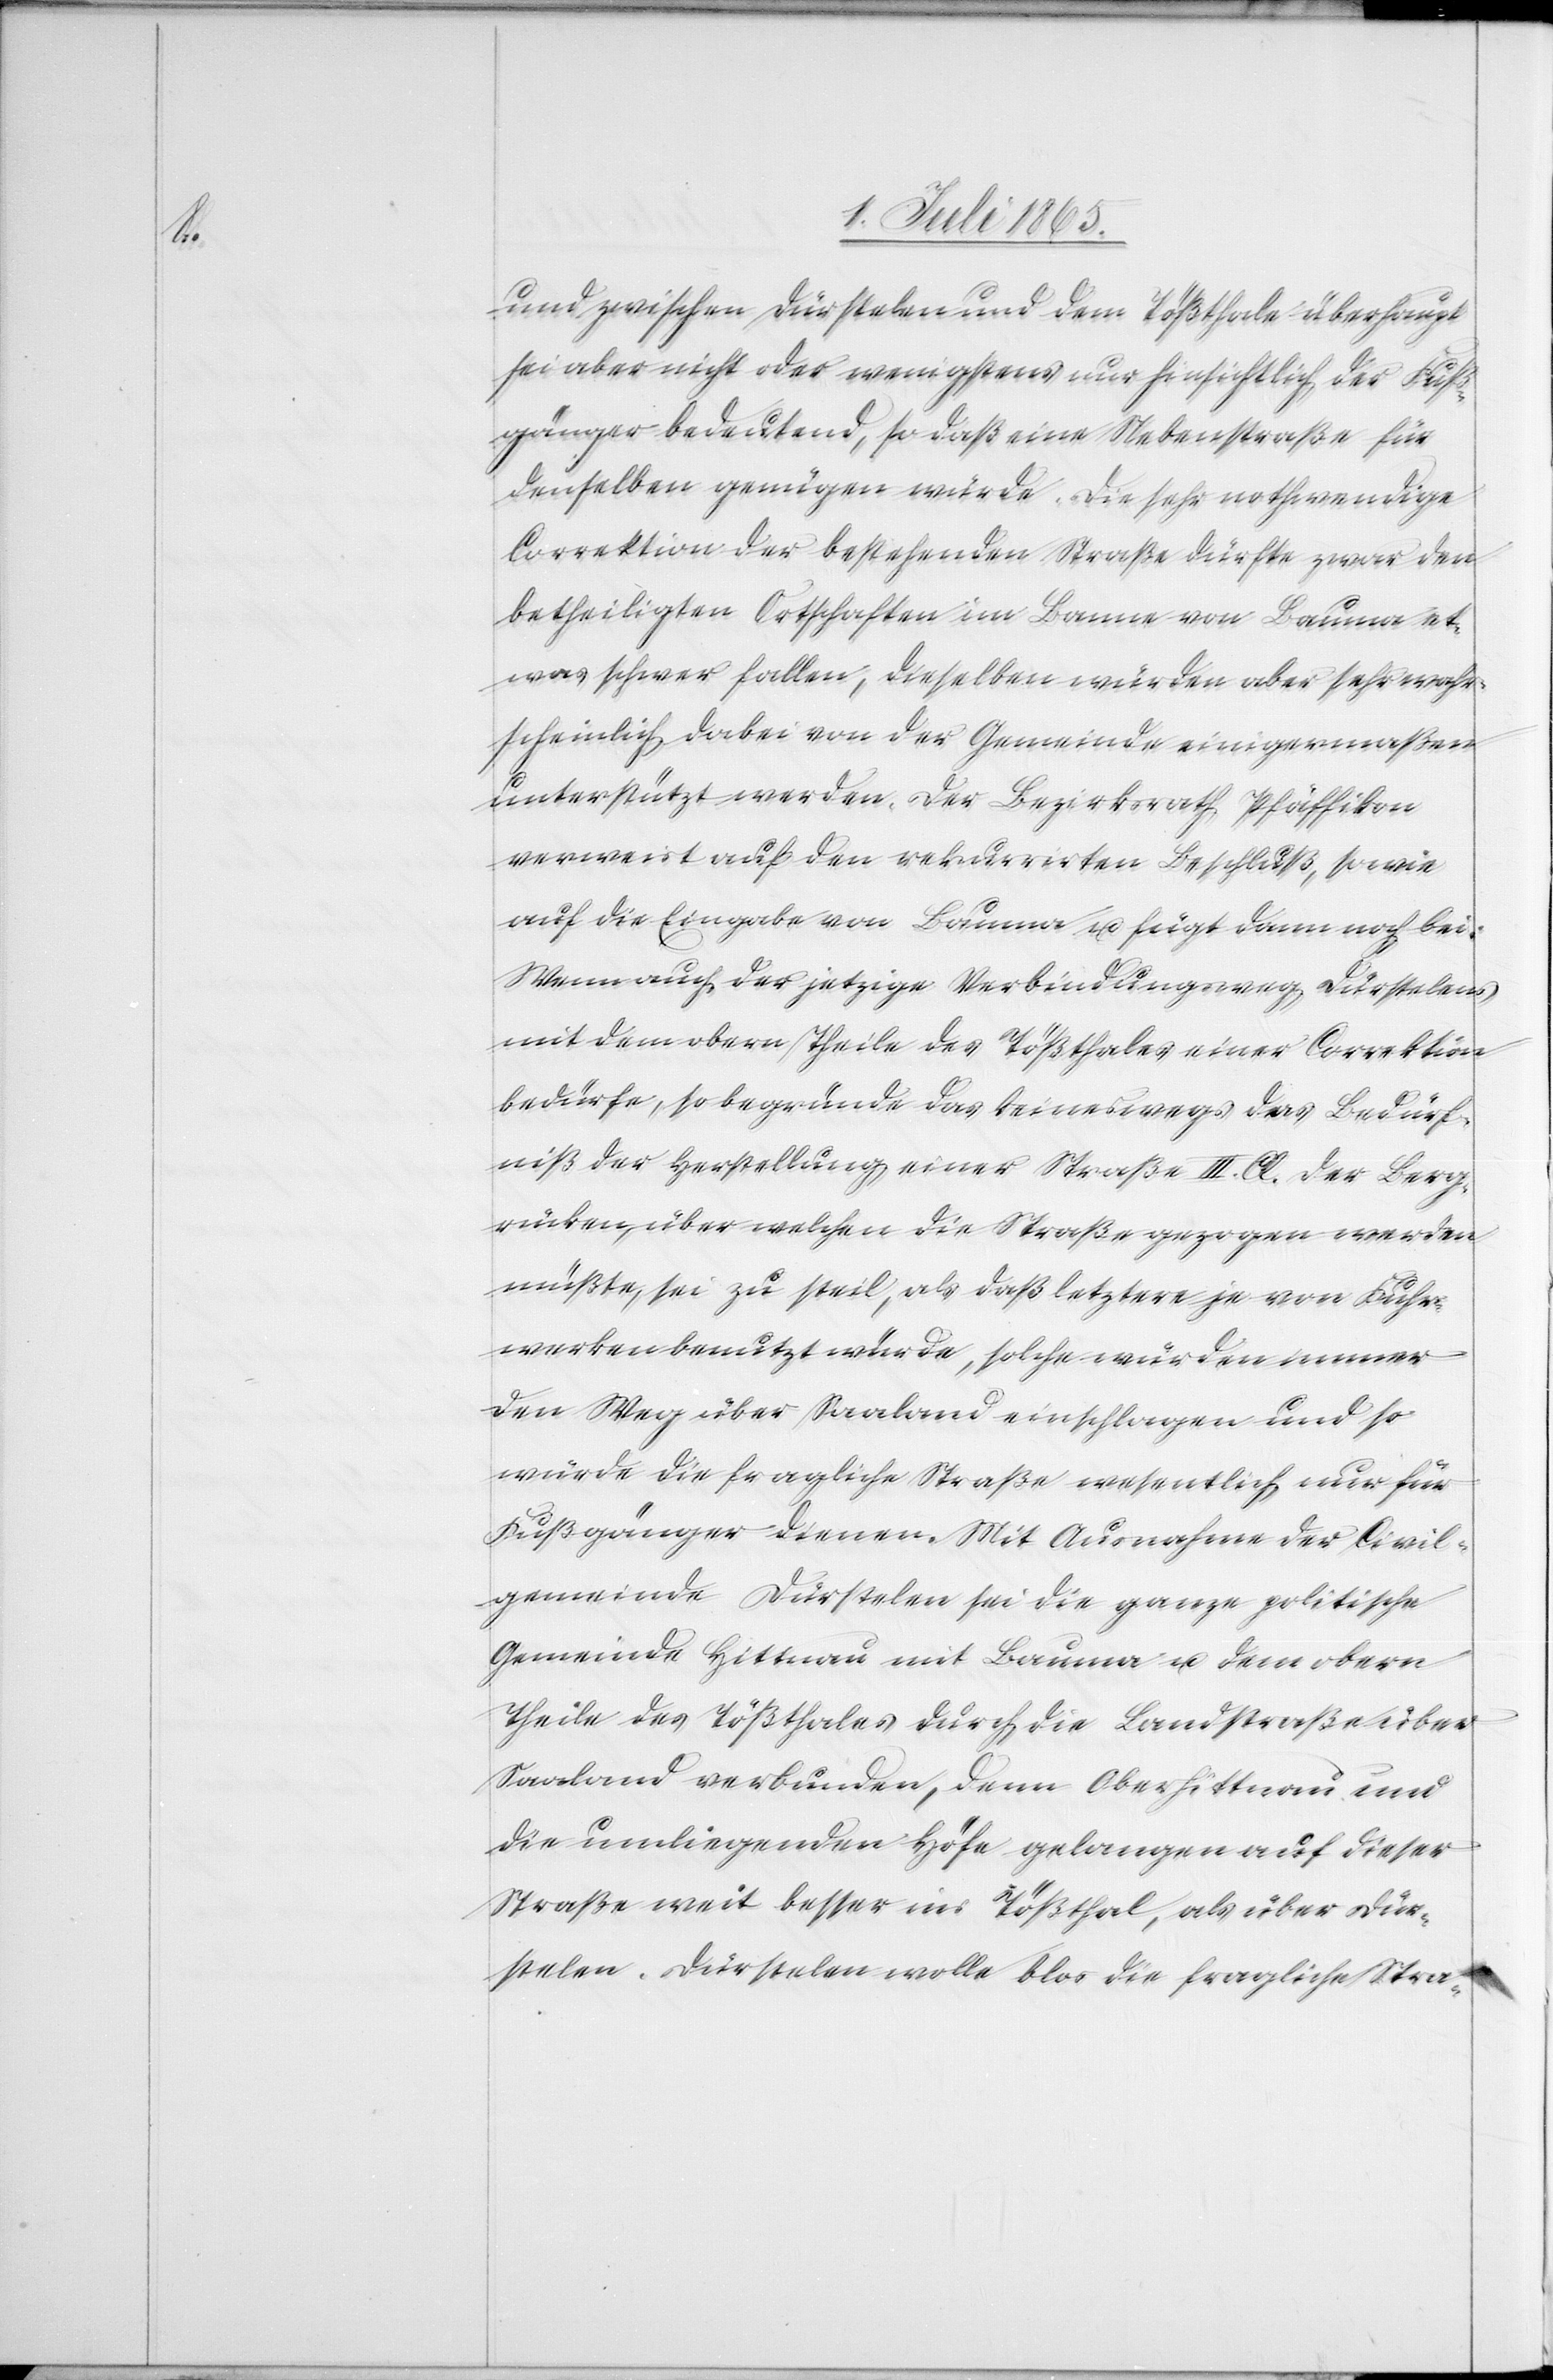
und zwischen Dürstelen und dem Tößthale überhaupt
sei aber nicht oder wenigstens nur hinsichtlich der Fuß¬
gänger bedeutend, so daß eine Nebenstraße für
denselben genügen würde. Die sehr nothwendige
Correktion der bestehenden Straße dürfte zwar den
betheiligten Ortschaften im Banne von Bauma et¬
was schwer fallen, dieselben würden aber sehr wahr¬
scheinlich dabei von der Gemeinde einigermaßen
unterstützt werden. Der Bezirksrath Pfäffikon
verweist auf den rekurrirten Beschluß, sowie
auf die Eingabe von Bauma u. fügt dann noch bei:
Wenn auch der jetzige Verbindungsweg Dürstelens
mit dem obern Theile des Tößthales einer Correktion
bedürfe, so begründe das keineswegs das Bedürf¬
niß der Herstellung einer Straße III. Cl. Der Berg¬
rücken, über welchen die Straße gezogen werden
müßte, sei zu steil, als daß letztere je von Fuhr¬
werken benutzt würde, solche würden immer
den Weg über Saaland einschlagen und so
würde die fragliche Straße wesentlich nur für
Fußgänger dienen. Mit Ausnahme der Civil¬
gemeinde Dürstelen sei die ganze politische
Gemeinde Hittnau mit Bauma u. dem obern
Theile des Tößthales durch die Landstraße über
Saaland verbunden, denn Oberhittnau und
die umliegenden Höfe gelangen auf dieser
Straße weit besser ins Tößthal, als über Dür¬
stelen. Dürstelen wolle blos die fragliche Stra-